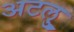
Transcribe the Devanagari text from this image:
अटलु